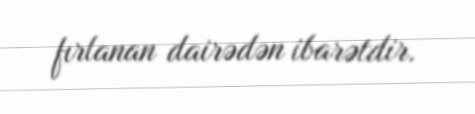
fırlanan dairədən ibarətdir.